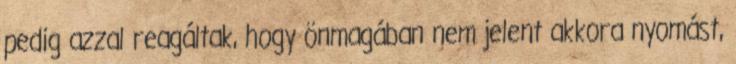
pedig azzal reagáltak, hogy önmagában nem jelent akkora nyomást,